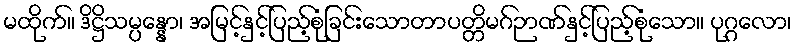
မထိုက်။ ဒိဋ္ဌိသမ္ပန္နော၊ အမြင့်နှင့်ပြည့်စုံခြင်းသောတာပတ္တိမဂ်ဉာဏ်နှင့်ပြည့်စုံသော။ ပုဂ္ဂလော၊